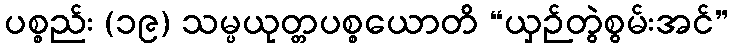
ပစ္စည်း (၁၉) သမ္ပယုတ္တပစ္စယောတိ “ယှဉ်တွဲစွမ်းအင်”